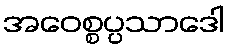
အဝေစ္စပ္ပသာဒေါ